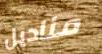
مناديل